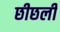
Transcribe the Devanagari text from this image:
छीछली